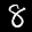
Label: 8